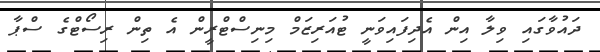
ދައުވާގައި ވިލާ އިން އެދިފައިވަނީ ޓުއަރިޒަމް މިނިސްޓްރީން އެ ތިން ރިސޯޓްގެ ސްޕާ